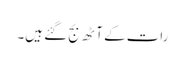
رات کے آٹھ بج گئے ہیں۔